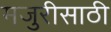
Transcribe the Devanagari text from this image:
मजुरीसाठी